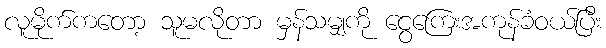
လူမိုက်ကတော့ သူမလိုတာ မှန်သမျှကို ငွေကြေးအကုန်ခံဝယ်ပြီး